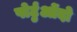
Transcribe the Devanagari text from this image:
पोर्टुओंदो